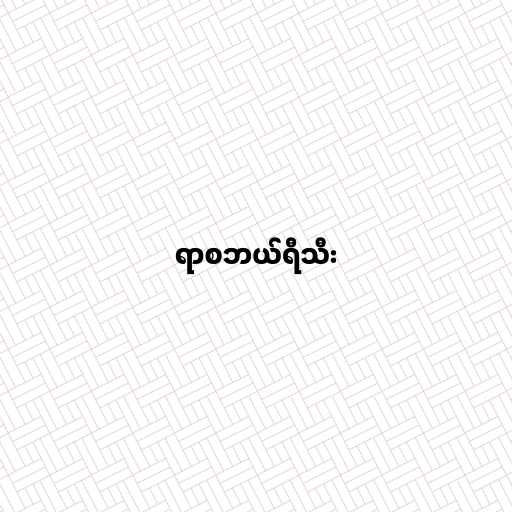
ရာစဘယ်ရီသီး